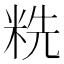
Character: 䊁